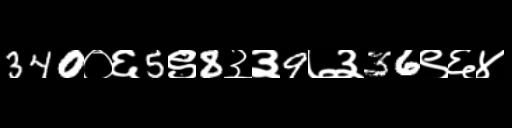
Text: 340०६5९8३३9७३36९६४